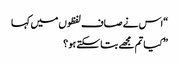
“اس نے صاف لفظوں میں کہا
” کیا تم مجھے بتا سکتے ہو ؟